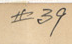

				#39